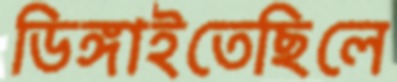
ডিঙ্গাইতেছিলে